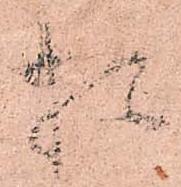
頼